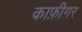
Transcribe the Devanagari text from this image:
काफ़ीगर